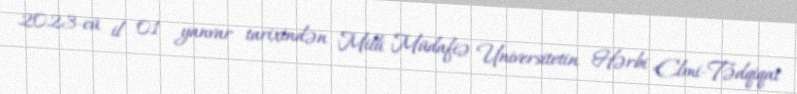
2023-cü il 01 yanvar tarixindən Milli Müdafiə Universitetin Hərbi Elmi-Tədqiqat